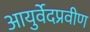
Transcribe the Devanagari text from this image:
आयुर्वेदप्रवीण